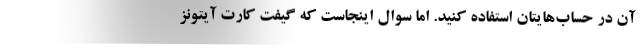
آن در حساب‌هایتان استفاده کنید. اما سوال اینجاست که گیفت کارت آیتونز